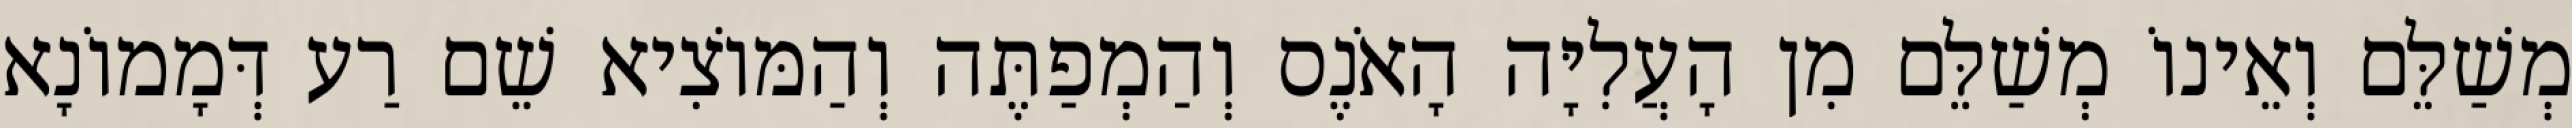
מְשַׁלֵּם וְאֵינוֹ מְשַׁלֵּם מִן הָעֲלִיָּה הָאֹנֶס וְהַמְפַתֶּה וְהַמּוֹצִיא שֵׁם רַע דְּמָמוֹנָא